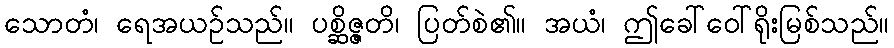
သောတံ၊ ရေအယဉ်သည်။ ပစ္ဆိဇ္ဇတိ၊ ပြတ်စဲ၏။ အယံ၊ ဤခေါ်ဝေါ်ရိုးမြစ်သည်။